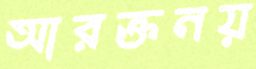
আরক্তনয়